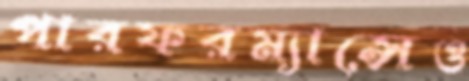
পারফরম্যান্সেও